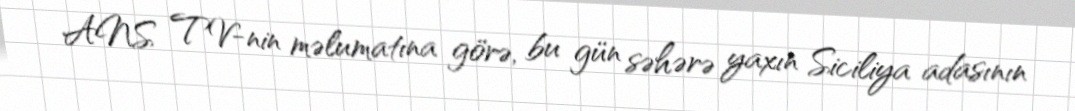
ANS TV-nin məlumatına görə, bu gün səhərə yaxın Siciliya adasının